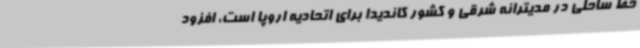
خط ساحلی در مدیترانه شرقی و کشور کاندیدا برای اتحادیه اروپا است، افزود